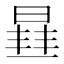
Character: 𭦮